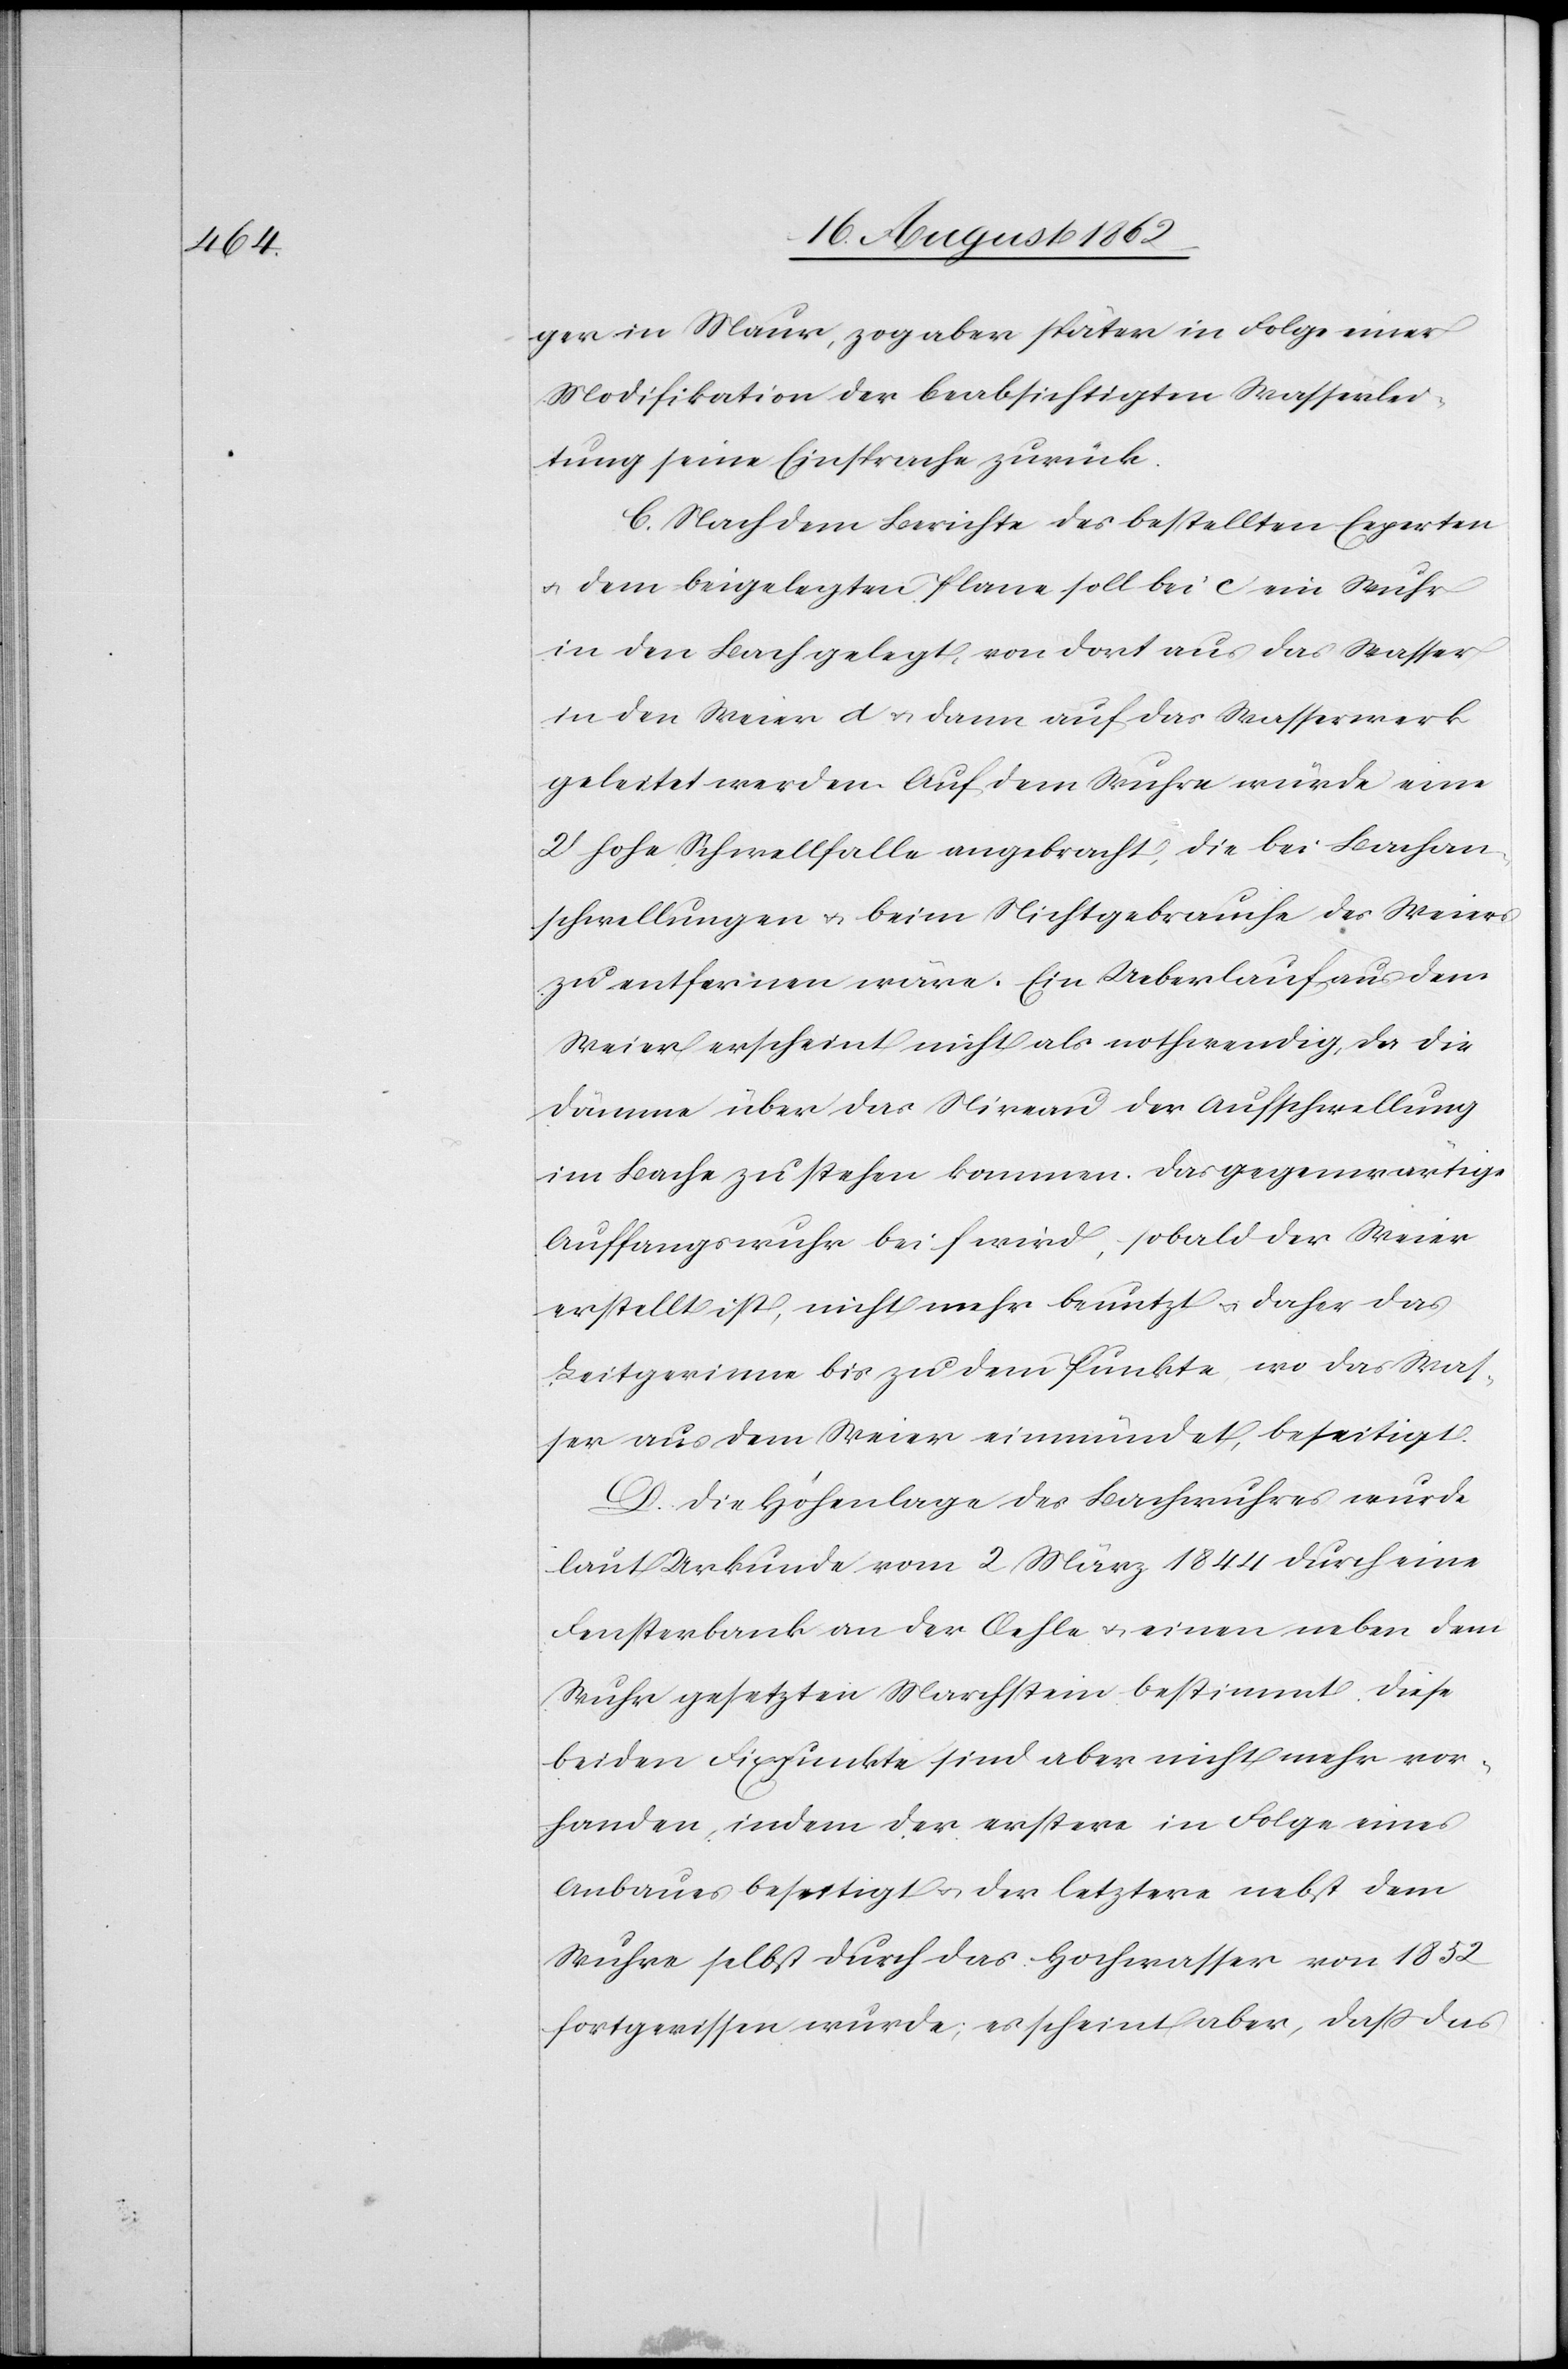
ger in Maur, zog aber später in Folge einer
Modifikation der beabsichtigten Wasserlei¬
tung seine Einsprache zurück.
C. Nach dem Berichte des bestellten Experten
u. dem beigelegten Plane soll bei c ein Wuhr
in den Bach gelegt, von dort aus das Wasser
in den Weier d u. dann auf das Wasserwerk
geleitet werden. Auf dem Wuhre würde eine
2’ hohe Schwellfalle angebracht, die bei Bachan¬
schwellungen u. beim Nichtgebrauche des Weiers
zu entfernen wäre. Ein Ueberlauf aus dem
Weier erscheint nicht als nothwendig, da die
Dämme über das Niveau der Aufschwellung
im Bache zu stehen kommen. Das gegenwärtige
Auffangswuhr bei f wird, sobald der Weier
erstellt ist, nicht mehr benutzt u. daher das
Leitgerinne bis zu dem Punkte, wo das Was¬
ser aus dem Weier einmündet, beseitigt.
D. Die Höhenlage des Bachwuhres wurde
laut Urkunde vom 2. März 1844 durch einen
Fensterbank an der Oehle u. einen neben dem
Wuhr gesetzten Marchstein bestimmt. Diese
beiden Fixpunkte sind aber nicht mehr vor¬
handen, indem der erstere in Folge eines
Anbaues beseitigt u. der letztere nebst dem
Wuhre selbst durch das Hochwasser von 1852
fortgerissen wurde; es scheint aber, daß das